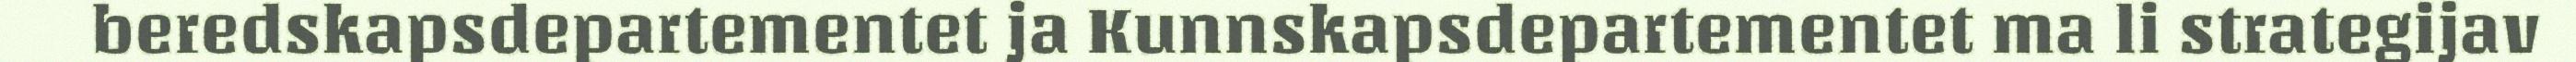
beredskapsdepartementet ja Kunnskapsdepartementet ma li strategijav